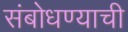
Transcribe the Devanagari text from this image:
संबोधण्याची